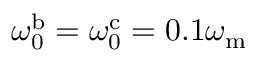
\omega _ { \mathrm { 0 } } ^ { \mathrm { b } } = \omega _ { \mathrm { 0 } } ^ { \mathrm { c } } = 0 . 1 \omega _ { \mathrm { m } }